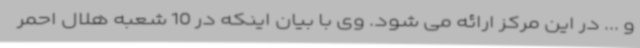
و ... در این مرکز ارائه می شود. وی با بیان اینکه در 10 شعبه هلال احمر